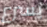
يسرع